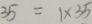
3 5 = 1 \times 3 5